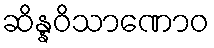
ဆိန္နဝိသာဏောဝ